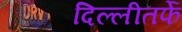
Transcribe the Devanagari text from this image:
दिल्लीतर्फे